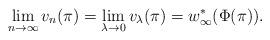
LaTeX: \begin{align*}\lim_{n\to\infty} v_n(\pi)=\lim_{\lambda\to0}v_\lambda(\pi)=w^*_\infty(\Phi(\pi)).\end{align*}